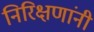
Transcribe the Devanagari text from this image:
निरिक्षणांनी